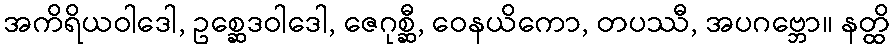
အကိရိယဝါဒေါ, ဥစ္ဆေဒဝါဒေါ, ဇေဂုစ္ဆီ, ဝေနယိကော, တပဿီ, အပဂဗ္ဘော။ နတ္ထိ